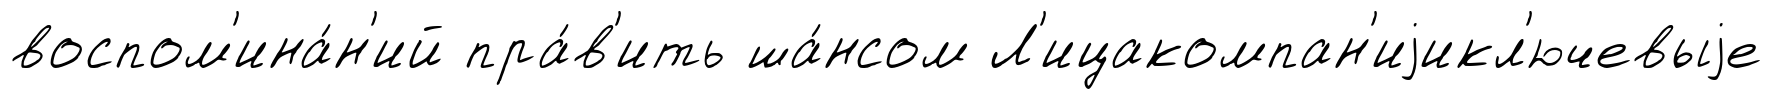
воспом'ина́н'ий пра́в'ить ша́нсом Л'ицакомпан'иjикл'ючевыjе